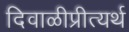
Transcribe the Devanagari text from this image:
दिवाळीप्रीत्यर्थ